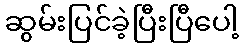
ဆွမ်းပြင်ခဲ့ပြီးပြီပေါ့